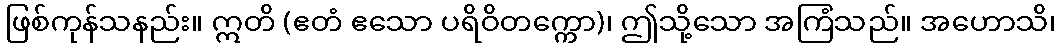
ဖြစ်ကုန်သနည်း။ ဣတိ (ဧတံ ဧသော ပရိဝိတက္ကော)၊ ဤသို့သော အကြံသည်။ အဟောသိ၊